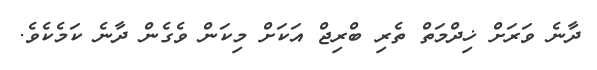
ދާނެ ވަރަށް ޚިދްމަތް ތެރި ބްރިޖް އަކަށް މިކަން ވެގެން ދާނެ ކަމެކެވެ.